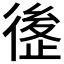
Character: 𰐶